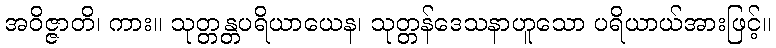
အဝိဇ္ဇာတိ၊ ကား။ သုတ္တန္တပရိယာယေန၊ သုတ္တန်ဒေသနာဟူသော ပရိယာယ်အားဖြင့်။